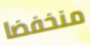
منخفضا